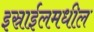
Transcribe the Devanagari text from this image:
इस्राईलमधील